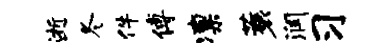
逝冬件傅凛蓑润习